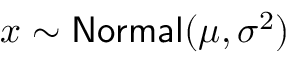
x \sim \mathsf { N o r m a l } ( \mu , \sigma ^ { 2 } )